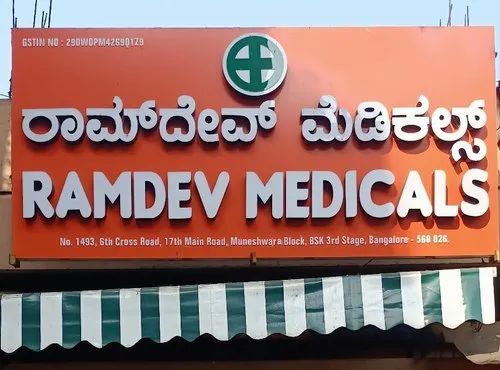
Language: kannada
Transcription: ಮೆಡಿಕಲ್ಸ್ ರಾಮ್ ದೇವ್